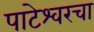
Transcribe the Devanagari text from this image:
पाटेश्वरचा